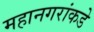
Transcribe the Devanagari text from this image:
महानगरांकडे